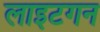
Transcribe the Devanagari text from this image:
लाइटगन